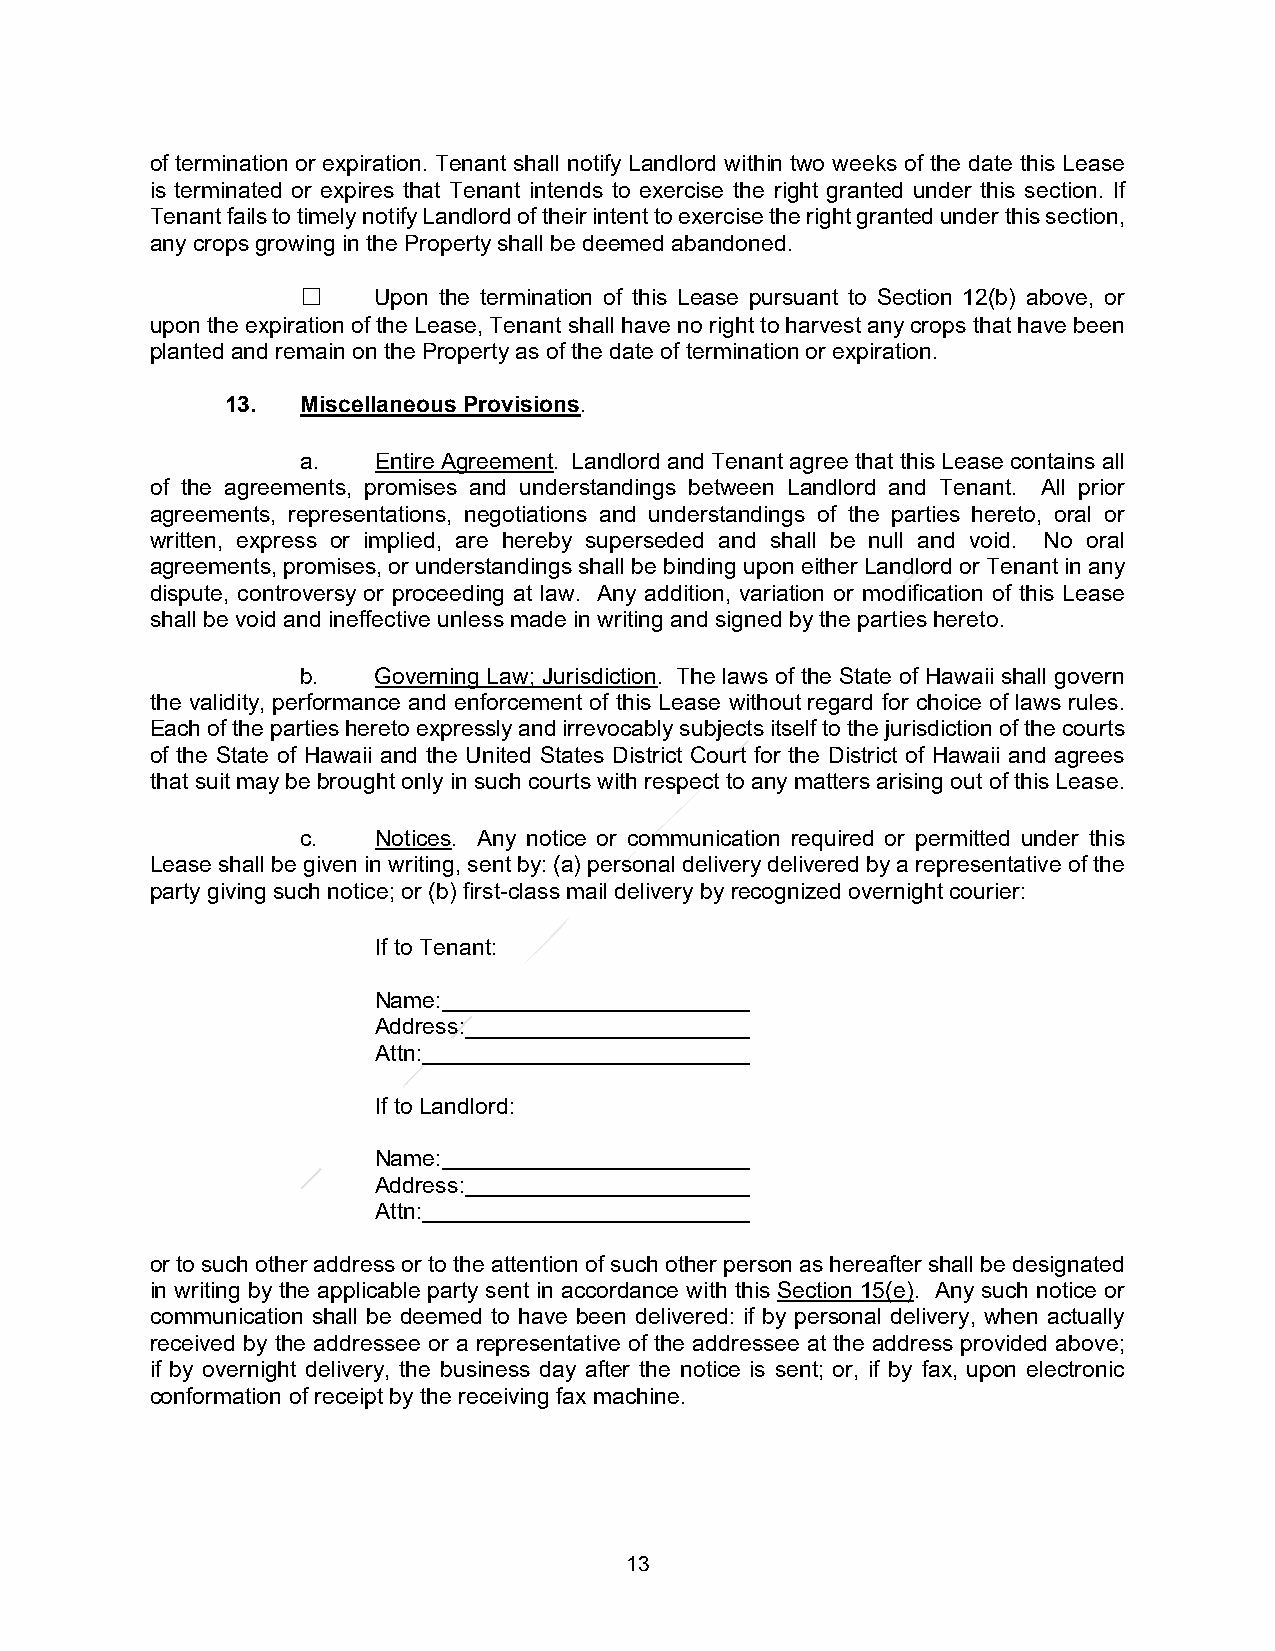
of termination or expiration. Tenant shall notify Landlord within two weeks of the date this Lease
 is terminated or expires that Tenant intends to exercise the right granted under this section. If
 Tenant fails to timely notify Landlord of their intent to exercise the right granted under this section,
 any crops growing in the Property shall be deemed abandoned.
 ☐    Upon the termination of this Lease pursuant to Section 12(b) above, or
 upon the expiration of the Lease, Tenant shall have no right to harvest any crops that have been
 planted and remain on the Property as of the date of termination or expiration.
 13.  Miscellaneous Provisions.
 a.   Entire Agreement. Landlord and Tenant agree that this Lease contains all
 of the agreements, promises and understandings between Landlord and Tenant. All prior
 agreements, representations, negotiations and understandings of the parties hereto, oral or
 written, express or implied, are hereby superseded and shall be null and void. No oral
 agreements, promises, or understandings shall be binding upon either Landlord or Tenant in any
 dispute, controversy or proceeding at law. Any addition, variation or modification of this Lease
 shall be void and ineffective unless made in writing and signed by the parties hereto.
 b.   Governing Law; Jurisdiction. The laws of the State of Hawaii shall govern
 the validity, performance and enforcement of this Lease without regard for choice of laws rules.
 Each of the parties hereto expressly and irrevocably subjects itself to the jurisdiction of the courts
 of the State of Hawaii and the United States District Court for the District of Hawaii and agrees
 that suit may be brought only in such courts with respect to any matters arising out of this Lease.
 c.   Notices. Any notice or communication required or permitted under this
 Lease shall be given in writing, sent by: (a) personal delivery delivered by a representative of the
 party giving such notice; or (b) first-class mail delivery by recognized overnight courier:
 If to Tenant:
 Name:
 Address:
 Attn:
 If to Landlord:
 Name:
 Address:
 Attn:
 or to such other address or to the attention of such other person as hereafter shall be designated
 in writing by the applicable party sent in accordance with this Section 15(e). Any such notice or
 communication shall be deemed to have been delivered: if by personal delivery, when actually
 received by the addressee or a representative of the addressee at the address provided above;
 if by overnight delivery, the business day after the notice is sent; or, if by fax, upon electronic
 conformation of receipt by the receiving fax machine.
 13